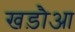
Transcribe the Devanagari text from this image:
खड़ौआ